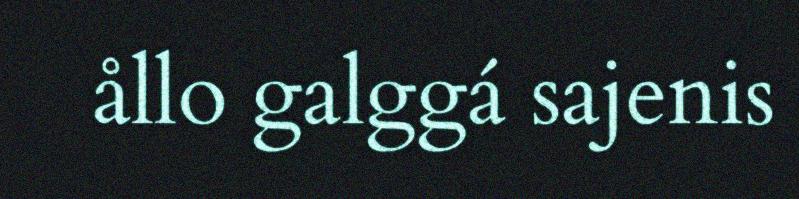
ållo galggá sajenis